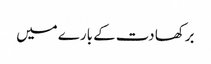
برکھا دت کے بارے میں